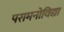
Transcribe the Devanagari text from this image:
परामनोविद्या